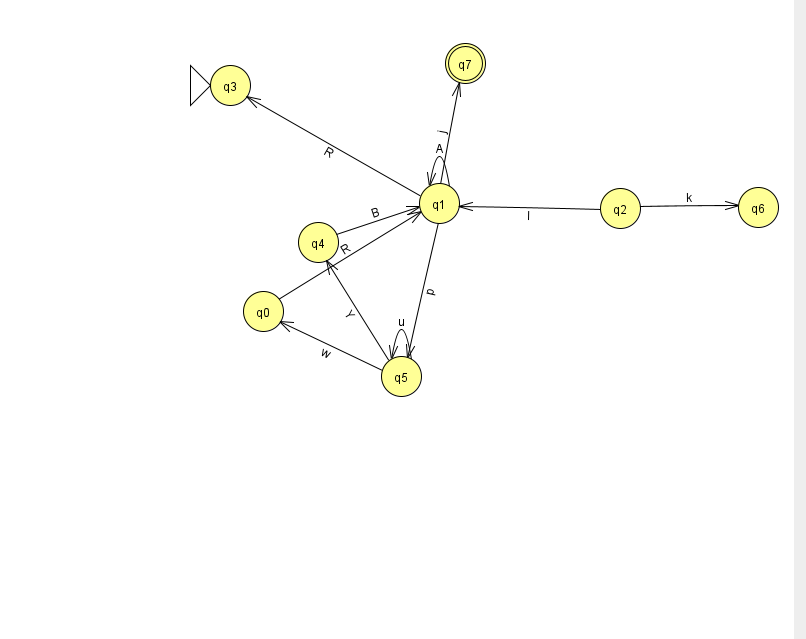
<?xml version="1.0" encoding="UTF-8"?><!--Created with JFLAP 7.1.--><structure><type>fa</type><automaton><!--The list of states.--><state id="0" name="q0"><x>263.0</x><y>298.0</y></state><state id="1" name="q1"><x>439.0</x><y>190.0</y></state><state id="2" name="q2"><x>620.0</x><y>195.0</y></state><state id="3" name="q3"><x>230.0</x><y>72.0</y><initial/></state><state id="4" name="q4"><x>318.0</x><y>229.0</y></state><state id="5" name="q5"><x>401.0</x><y>363.0</y></state><state id="6" name="q6"><x>758.0</x><y>194.0</y></state><state id="7" name="q7"><x>465.0</x><y>50.0</y><final/></state><!--The list of transitions.--><transition><from>1</from><to>1</to><read>A</read></transition><transition><from>4</from><to>1</to><read>B</read></transition><transition><from>1</from><to>5</to><read>p</read></transition><transition><from>5</from><to>5</to><read>u</read></transition><transition><from>1</from><to>7</to><read>j</read></transition><transition><from>2</from><to>6</to><read>k</read></transition><transition><from>2</from><to>1</to><read>l</read></transition><transition><from>1</from><to>3</to><read>R</read></transition><transition><from>0</from><to>1</to><read>R</read></transition><transition><from>5</from><to>0</to><read>w</read></transition><transition><from>5</from><to>4</to><read>Y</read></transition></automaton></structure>